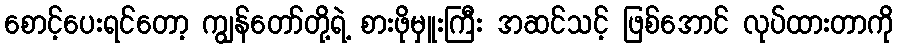
စောင့်ပေးရင်တော့ ကျွန်တော်တို့ရဲ့ စားဖိုမှူးကြီး အဆင်သင့် ဖြစ်အောင် လုပ်ထားတာကို